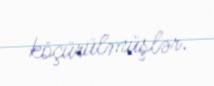
köçürülmüşlər.